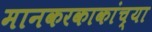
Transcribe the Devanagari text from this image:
मानकरकाकांच्या